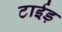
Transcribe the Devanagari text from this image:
टाईड़